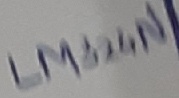
Text: LM324N